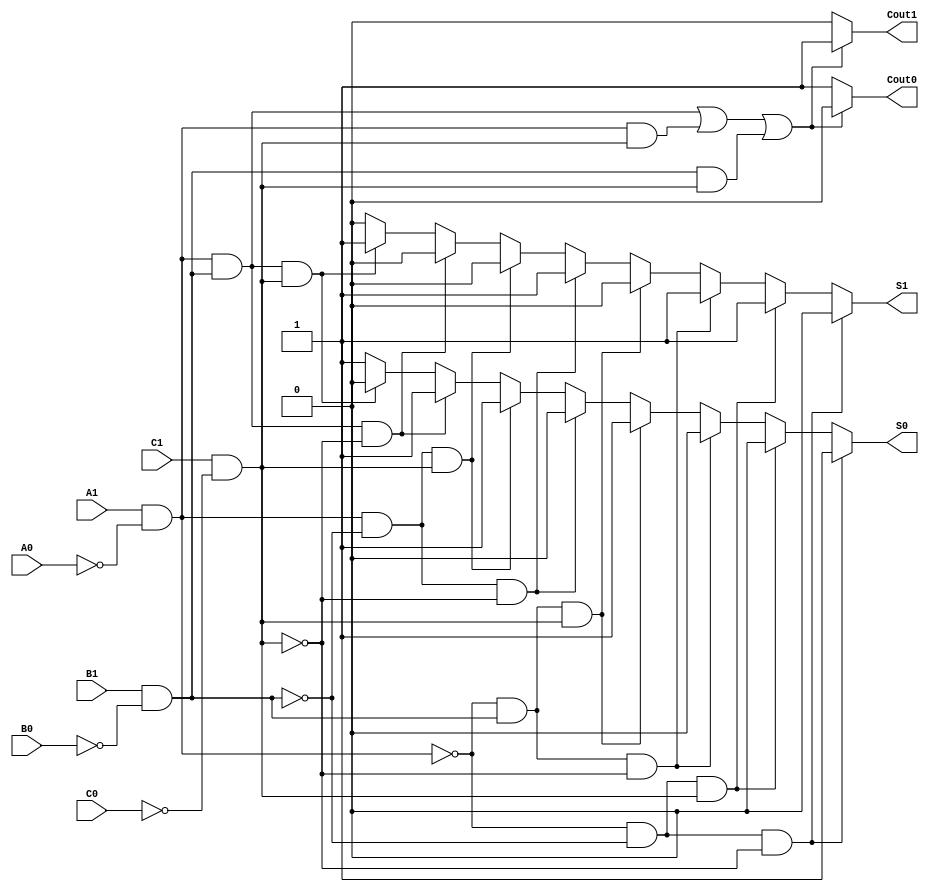
module dual_rail_full_adder (
    input A1, A0,  // Dual-rail representation of input A
    input B1, B0,  // Dual-rail representation of input B
    input C1, C0,  // Dual-rail representation of carry-in (Cin)
    output reg S1, S0,  // Dual-rail representation of sum output
    output reg Cout1, Cout0  // Dual-rail representation of carry-out output
);

    // Internal signals for single-bit representation
    wire A, B, Cin;

    // Decode dual-rail inputs to single-bit representation
    assign A = A1 & ~A0;  // A = 1 if A1 is high and A0 is low
    assign B = B1 & ~B0;  // B = 1 if B1 is high and B0 is low
    assign Cin = C1 & ~C0;  // Cin = 1 if C1 is high and C0 is low

    // Combinational logic for sum and carry-out
    always @(*) begin
        // Default outputs
        S1 = 0; S0 = 1;  // Default to S = 0
        Cout1 = 0; Cout0 = 1;  // Default to Cout = 0

        // Sum calculation
        if (A == 0 && B == 0 && Cin == 0) begin
            S1 = 0; S0 = 1;  // S = 0
        end else if (A == 0 && B == 0 && Cin == 1) begin
            S1 = 1; S0 = 0;  // S = 1
        end else if (A == 0 && B == 1 && Cin == 0) begin
            S1 = 1; S0 = 0;  // S = 1
        end else if (A == 0 && B == 1 && Cin == 1) begin
            S1 = 0; S0 = 1;  // S = 0
        end else if (A == 1 && B == 0 && Cin == 0) begin
            S1 = 1; S0 = 0;  // S = 1
        end else if (A == 1 && B == 0 && Cin == 1) begin
            S1 = 0; S0 = 1;  // S = 0
        end else if (A == 1 && B == 1 && Cin == 0) begin
            S1 = 0; S0 = 1;  // S = 0
        end else if (A == 1 && B == 1 && Cin == 1) begin
            S1 = 1; S0 = 0;  // S = 1
        end

        // Carry-out calculation
        if ((A && B) || (A && Cin) || (B && Cin)) begin
            Cout1 = 1; Cout0 = 0;  // Cout = 1
        end else begin
            Cout1 = 0; Cout0 = 1;  // Cout = 0
        end
    end

endmodule